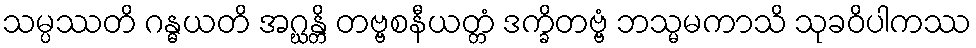
သမ္ပဿတိ ဂန္ဓယတိ အဂ္ဃန္တိ တဗ္ဗစနီယတ္တံ ဒက္ခိတဗ္ဗံ ဘသ္မမကာသိ သုခဝိပါကဿ